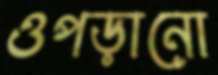
ওপড়ানো